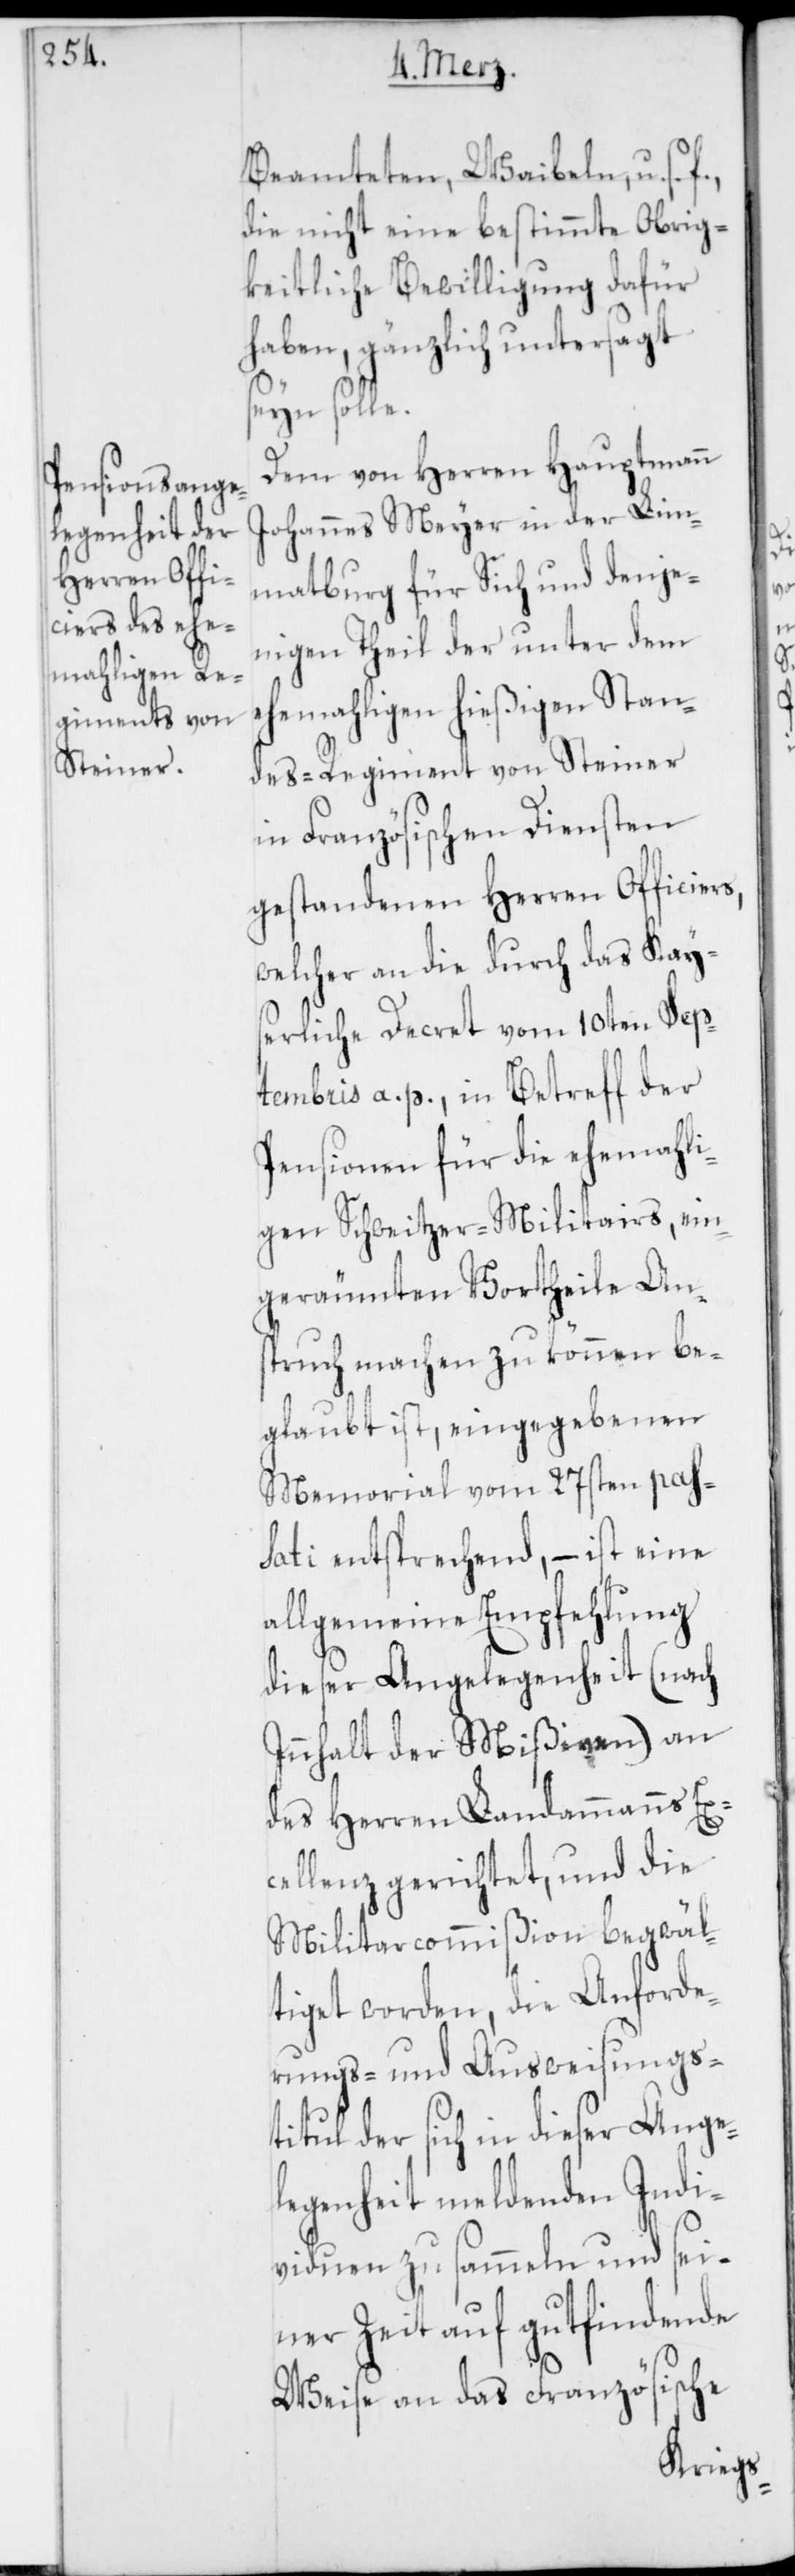
Beamteten, Weibeln, u. s.
die nicht eine bestimmte Obrig¬
keitliche Bewilligung dafür
haben, gänzlich untersagt
seyn solle.
Dem von Herren Hauptmann
Johannes Meyer in der Lim¬
matburg für Sich und denje¬
nigen Theil der unter dem
ehemahligen hießigen Stan¬
des-Regiment von Steiner
in Französischen Diensten
gestandenen Herren Officiers,
welcher an die durch das kays¬
erliche Decret vom 10ten Sep¬
tembris a. p., in Betreff der
Pensionen für die ehemahli¬
gen Schweitzer-Militairs, ein¬
geräumten Vortheile An¬
spruch machen zu können be¬
glaubt ist, eingegebenen
Memorial vom 27sten pass¬
ati entsprechend, – ist eine
allgemeine Empfehlung
dieser Angelegenheit (nach
Innhalt der Mißiven) an
des Herren Landammanns Ex¬
cellenz gerichtet, und die
Militarcommißion begwäl¬
tiget worden, die Anforde¬
rungs- und Ausweisungs¬
titul der sich in dieser Ange¬
legenheit meldenden Indi¬
viduen zu sammeln und sei¬
ner Zeit auf gutfindende
Weise an das Französische